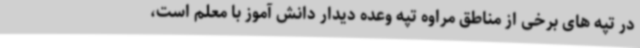
در تپه های برخی از مناطق مراوه تپه وعده دیدار دانش آموز با معلم است،